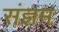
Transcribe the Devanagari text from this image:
संज्ञम